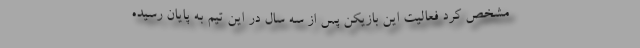
مشخص کرد فعالیت این بازیکن پس از سه سال در این تیم به پایان رسیده